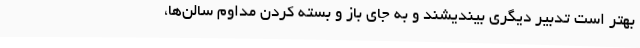
بهتر است تدبیر دیگری بیندیشند و به جای باز و بسته کردن مداوم سالن‌ها،